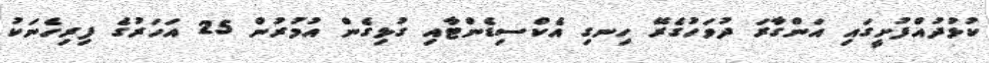
ކުޅުދުއްފުށީގައި އަންގާރަ ދުވަހުގެރޭ ހިނގި އެކްސިޑެންޓާއި ގުޅިގެން އުމުރުން 25 އަހަރުގެ ފިރިހެނަކު